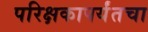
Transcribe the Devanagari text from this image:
परिक्षकापर्यंतचा